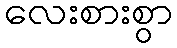
လေးစားစွာ